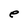
Character: e